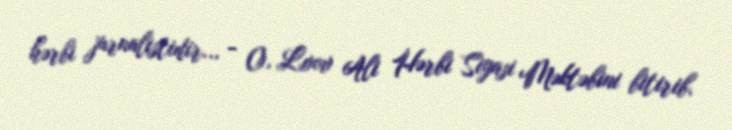
hərbi jurnalistidir... - O, Lvov Ali Hərbi Siyasi Məktəbini bitirib.